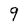
Character: 9